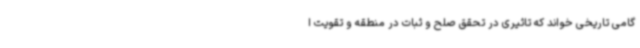
گامی تاریخی خواند که تاثیری در تحقق صلح و ثبات در منطقه و تقویت ا